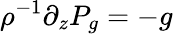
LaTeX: \rho^{-1}\partial_{z}P_{g}=-g